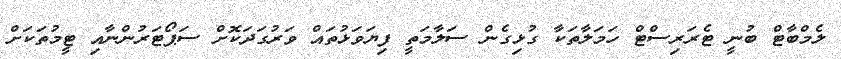
ލެމްބާޓް ބުނީ ޓެރަރިސްޓް ހަމަލާތަކާ ގުޅިގެން ސަލާމަތީ ފިޔަވަޅުތައް ވަރުގަދަކޮށް ސަޕޯޓަރުންނާއި ޓީމުތަކަށް